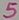
Text: 5